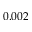
0 . 0 0 2